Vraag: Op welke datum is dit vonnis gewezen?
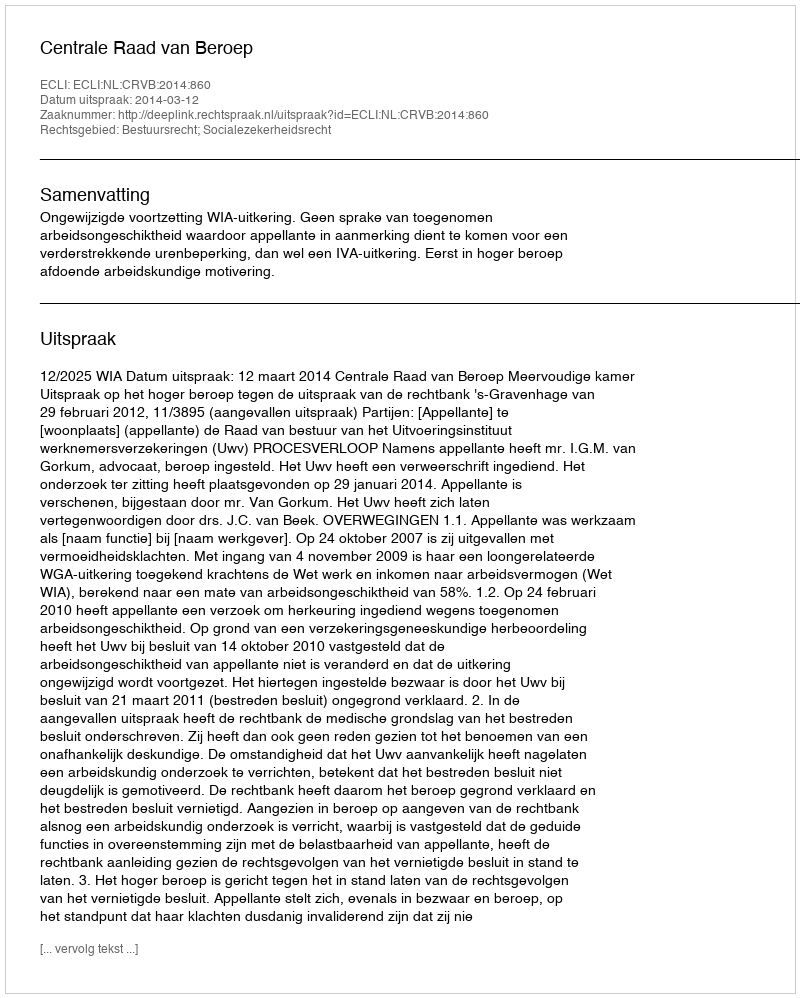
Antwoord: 2014-03-12